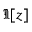
\Im [ z ]